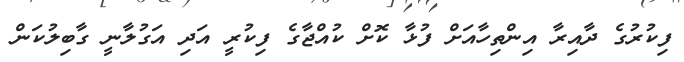
ފިކުރުގެ ދާއިރާ އިންތިހާއަށް ފުޅާ ކޮށް ކުއްޖާގެ ފިކުރީ އަދި އަގުލާނީ ގާބިލުކަން